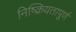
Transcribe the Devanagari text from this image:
निष्क्रियतापूर्ण